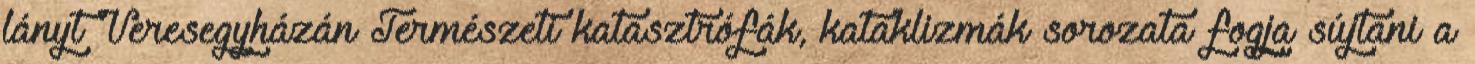
lányt Veresegyházán Természeti katasztrófák, kataklizmák sorozata fogja sújtani a